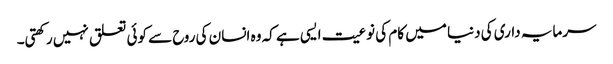
سرمایہ داری کی دنیا میں کام کی نوعیت ایسی ہے کہ وہ انسان کی روح سے کوئی تعلق نہیں رکھتی۔